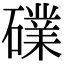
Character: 礏